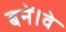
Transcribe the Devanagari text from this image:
बनें।वे